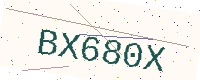
Text: BX680X